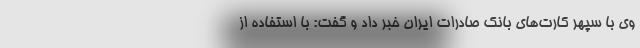
وی با سپهر کارت‌های بانک صادرات ایران خبر داد و گفت: با استفاده از